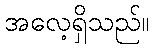
အလေ့ရှိသည်။